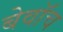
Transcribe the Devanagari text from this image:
बेवॉच